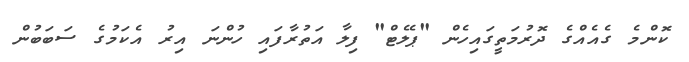
ކޮންމެ ގެއެއްގެ ދޮރުމަތީގައިހެން "ޕެލެޓް" ފިލާ އަތުރާފައި ހުންނަ އިރު އެކަމުގެ ސަބަބުން